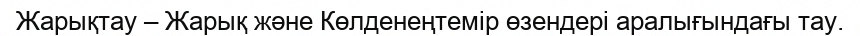
Жарықтау – Жарық және Көлденеңтемір өзендері аралығындағы тау.